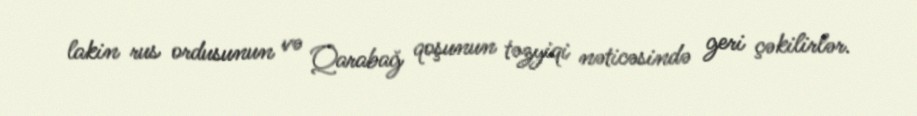
lakin rus ordusunun və Qarabağ qoşunun təzyiqi nəticəsində geri çəkilirlər.